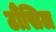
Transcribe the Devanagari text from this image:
टौंसिल